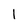
Character: I